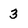
Character: 3